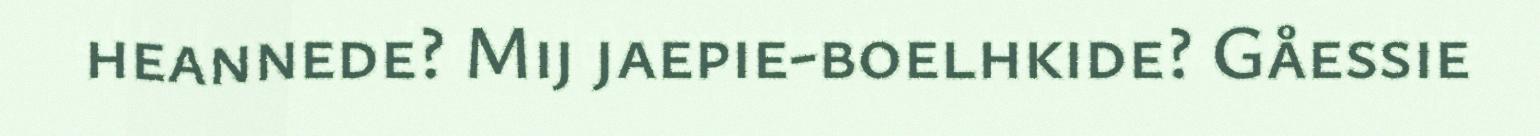
heannede? Mij jaepie-boelhkide? Gåessie